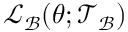
\mathcal { L } _ { \mathcal { B } } ( \boldsymbol { \theta } ; \mathcal { T } _ { \mathcal { B } } )